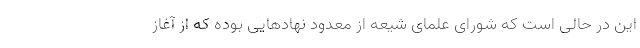
این در حالی است که شورای علمای شیعه از معدود نهادهایی بوده که از آغاز